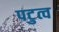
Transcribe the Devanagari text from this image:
पटुत्व